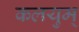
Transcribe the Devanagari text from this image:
कलयुम्